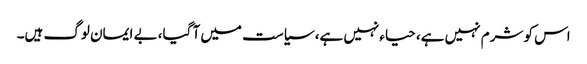
اس کو شرم نہیں ہے، حیاءنہیں ہے، سیاست میں آ گیا، بے ایمان لوگ ہیں۔